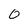
Character: 0